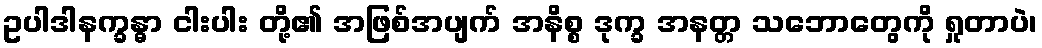
ဥပါဒါနက္ခန္ဓာ ငါးပါး တို့၏ အဖြစ်အပျက် အနိစ္စ ဒုက္ခ အနတ္တ သဘောတွေကို ရှုတာပဲ၊